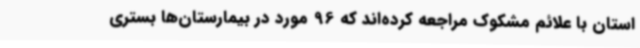
استان با علائم مشکوک مراجعه کرده‌اند که 96 مورد در بیمارستان‌ها بستری